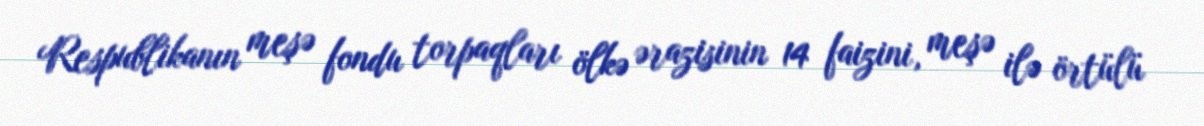
Respublikanın meşə fondu torpaqları ölkə ərazisinin 14 faizini, meşə ilə örtülü